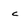
Character: c